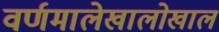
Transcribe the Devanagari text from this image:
वर्णमालेखालोखाल